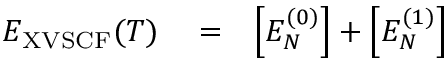
\begin{array} { r l r } { E _ { \mathrm { X V S C F } } ( T ) } & { { } = } & { \Big [ E _ { N } ^ { ( 0 ) } \Big ] + \Big [ E _ { N } ^ { ( 1 ) } \Big ] } \end{array}